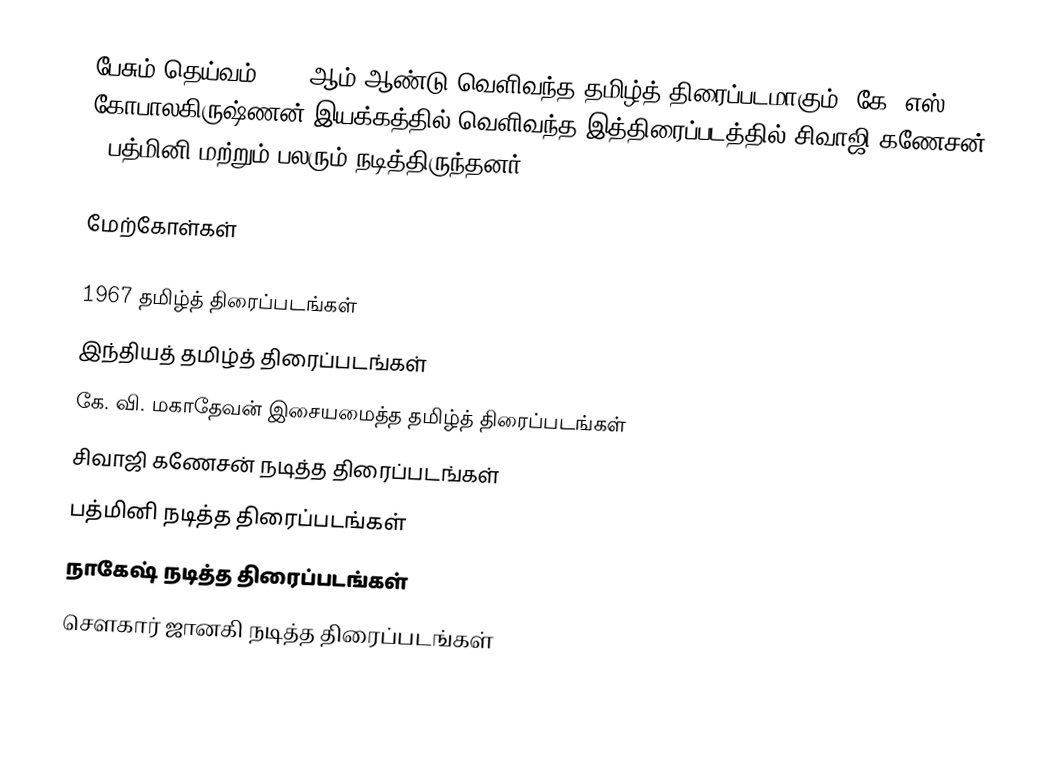
பேசும் தெய்வம் 1967 ஆம் ஆண்டு வெளிவந்த தமிழ்த் திரைப்படமாகும். கே. எஸ். கோபாலகிருஷ்ணன் இயக்கத்தில் வெளிவந்த இத்திரைப்படத்தில் சிவாஜி கணேசன் , பத்மினி மற்றும் பலரும் நடித்திருந்தனர்.

மேற்கோள்கள்

1967 தமிழ்த் திரைப்படங்கள்
இந்தியத் தமிழ்த் திரைப்படங்கள்
கே. வி. மகாதேவன் இசையமைத்த தமிழ்த் திரைப்படங்கள்
சிவாஜி கணேசன் நடித்த திரைப்படங்கள்
பத்மினி நடித்த திரைப்படங்கள்
நாகேஷ் நடித்த திரைப்படங்கள்
சௌகார் ஜானகி நடித்த திரைப்படங்கள்